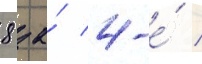
8 за́ 4-е́ /